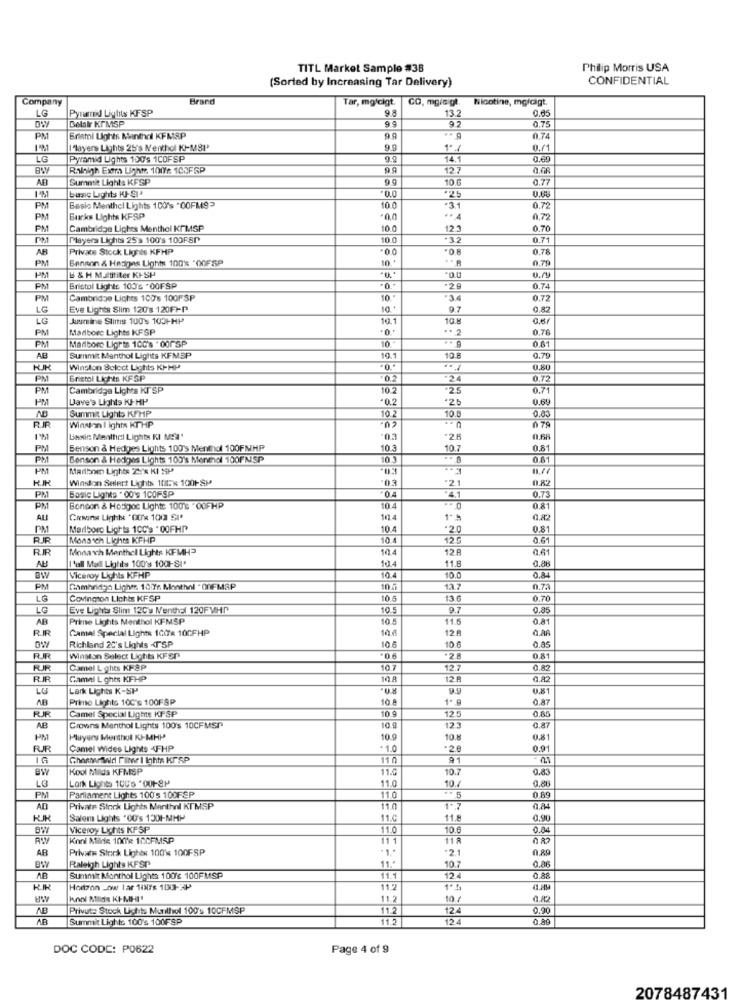
TITL Market Sample #38
Philip Morris USA
(Sorted by Increasing Tar Delivery)
CONFIDENTIAL
Company
Brand
Tar, mgfcigt.
GO, mgic gt.
Nicotine, mg/Gigt.
LG
Pyramid Lights KFSP
98
13.2
0.65
Delakr KFMSP
94
0.75
PM
Bristol Lights Menthal KFM8P
0.74
Players Lights 25's Nenthol KIMSI'
9.
1ª
0.71
LG
Pyramid Lights 150's 1COFSP
Raleigh Exem Lights 100: 103FSP
99
12:
AF
Summit Lights KFSP
10.6
0.77
busig Lights KJ- 91 4
.0.0
*25
PM
Besie Menthol Lights 100's "00FMS
10 0
·3.1
0.72
PM
Bucks Ughts KFSP
.. 4
0.72
PM
Cambridge Lights Menthol KTMSP
123
0.70
Players Lights 25's 100's 100FSP
-32
0.71
AB
Privace Stock Lights KFHP
0.78
PM
Benson & Hazgas Light 100% *OOFSP
0.79
PM
L & H Maltititer KI-SP
PN
Bristol Lights 100'G *OOFSP
-29
0.74
PM
Cambridge Lights 100's 100FSP
10.
34
0.72
LG
Eve Lights Slim 120'8 120FI-P
10.+
97
0,87
LG
Justine Slimiss 100's 1031-HP
10.1
10.8
0.6
PM
Mariborc Lights KFSP
.. 2
0.78
10.
0.61
PM
Marlboro Ligrts 100's . 001 SP
AB
Sunmit Menthol Lights KFMSP
10.1
10 8
0.79
Winston Select Lights KI-HP
...
0,80
PM
Bristol Lights KFSP
"24
0.72
PM
Cambridge Lights KI SP
10.2
25
0.71
PM
Dave's Lights KI-HP
-0.2
*25
0.69
AB
Summit Lights KPHP
10.2
10.6
0.03
Winston I ights KTHP
C
078
Basic Menthol Lights KI MSa'
PM
Benson & Hedges Lights 100's Menthol 100FNHP
10.3
10.7
0.81
PM
Benson & Hedges Lights 100's Menexcl 100FNSP
10 3
0.61
PM
Madbom Lights 22:'8 KI SP
Winston Select Lights 1078 1001-SP
03
-21
04
0.73
PM
Basic Lights . 00's 1COFSP
4.1
PM
Bonson & Hosgos Lighte 100'8 -00FHP
10 4
0.81
ALI
Cremona Lights "DC/ 100 SI*
1014
1 **
0.82
PM
Marlboro Lights 10C's . 00FHP
10 4
*2.0
0.8
Monsoch Liches KFHP
10.4
12 5
0.61
RIR
Monarch Menthel Lights KFMH3
104
12 A
0.6
AB
10.4
"all Masll Lights 100's 100-SI'
11.8
0.86
Viceroy Lights KFHP
10.4
10.0
0.84
PM
Cambridge Lights 10:yr. Monthwil . OnFMSP
10.7
13.7
0.71
LG
Covington Liches KFSP
10.5
13.6
0.70
LG
Eve Lights Slim 12C's Menthal 120FWHP
10.5
9.7
0.85
AR
Prime Lights Menthol KFMSP
10 5
11.5
0.81
RIR
Camal Special Lights 100'e 10CFHP
10.0
12.8
10 6
10.6
0.as
Richland 20's Lights <TSP
RJR
Winston Select Lights KFSP
06
.28
0,81
PUR
Camel L ghes KFSP
10.7
12.7
0.82
RR
Camel L ghes KFHP
28
0.82
LG
Lark Lights K-SP
0.81
AB
Primo Lights 100's 100FSP
10.
0.AT
RJR
Camel Special Lights KF SP
10.9
0.85
12 5
AB
Crowns Menthol Lights 100's 10CFMSP
10 g
123
0.87
PM
Players Menthol KJ-MHP
10.9
10.8
0.81
FUR
Camel Wides Lights 4FHP
1.0
0.91
IG
11 0
91
Kool Mids KFMSP
11.0
10.2
0.83
LG
Lark Lights 100's "001-8)
11.0
0.88
10
PM
Parliament Lights 100$ 100FSP
11.0
AD
Private Stock Lights Menthol KT MSP
11.0
1%
0.84
Salem Lights "00's 1301-MHP
11.0
11.8
0.90
Viceroy Lichts KFSP
11.0
10.6
0.04
Koni Milde 100 10CFMSP
111
0.82
AB
Private Strick Lights 100's 100FSP
-2.1
n.80
Raleigh Lights KFSP
0,86
BW
10.7
AB
Summit Monthol Lights 100g 100FMSP
11.1
12.4
0.88
Horton Low lar 10lys 1001-3P
11.2
11.2
10/
AB
Privut: Stock Lights Munithol 100's 10CFMSP
11.2
124
0.90
AB
Summit Lights 100's 100FSP
11.2
124
DOC CODE: P0622
Page 4 of 9
2078487431